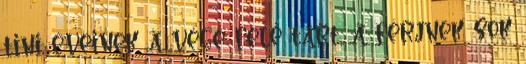
tini éveinek a vége felé tart, a férjnek sok